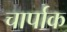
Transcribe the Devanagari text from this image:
चार्पाक